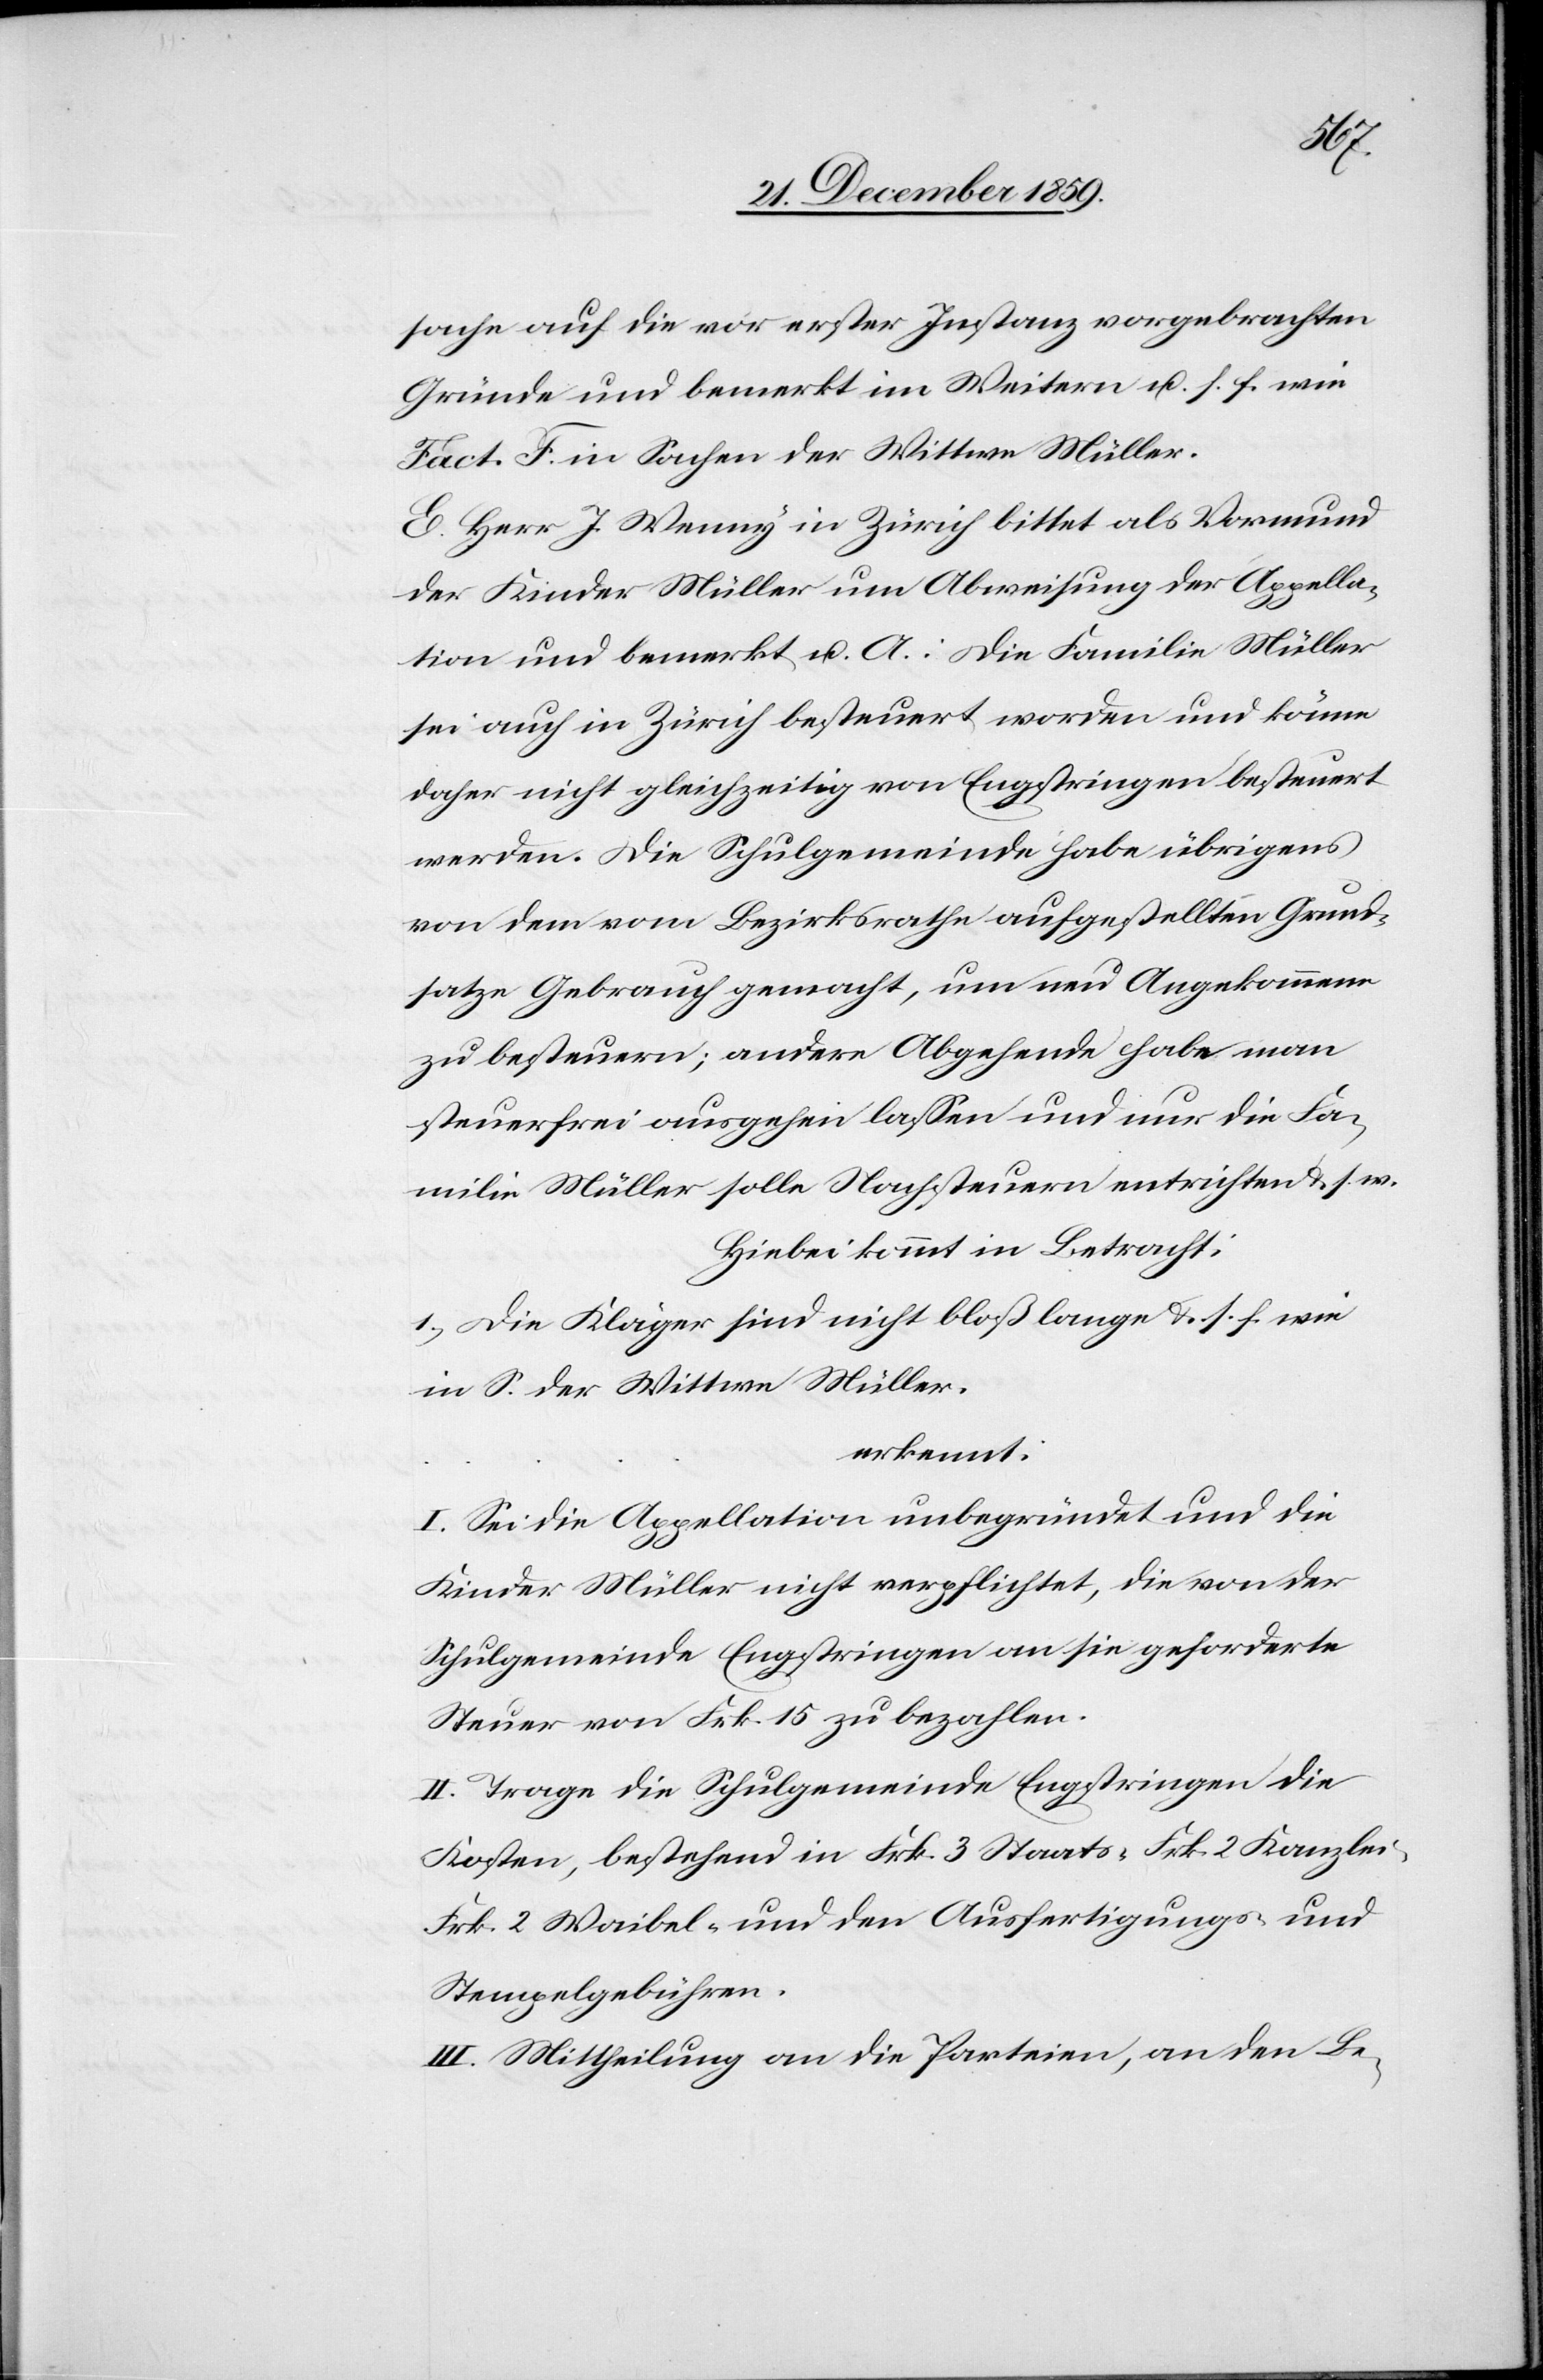
sache auf die vor erster Instanz vorgebrachten
Gründe und bemerkt im Weitern u. s. f. wie
Fact. F in Sachen der Wittwe Müller.
E. Herr J. Wenny in Zürich bittet als Vormund
der Kinder Müller um Abweisung der Appella¬
tion und bemerkt u. A.: Die Familie Müller
sei auch in Zürich besteuert worden und könne
daher nicht gleichzeitig von Engstringen besteuert
werden. Die Schulgemeinde habe übrigens
von dem vom Bezirksrathe aufgestellten Grund¬
satze Gebrauch gemacht, um neu Angekommene
zu besteuern; andere Abgehende habe man
steuerfrei ausgehen lassen und nur die Fa¬
milie Müller solle Nachsteuern entrichten & s. f.
Hiebei kommt in Betracht:
Die Kläger sind nicht bloß lange & s. f. wie
in S. der Wittwe Müller.
erkennt:
I. Sei die Appellation unbegründet und die
Kinder Müller nicht verpflichtet, die von der
Schulgemeinde Engstringen an sie geforderte
Steuer von Frk. 15 zu bezahlen.
II. Trage die Schulgemeinde Engstringen die
Kosten, bestehend in Frk. 3 Staats-[,] Frk. 2 Kanzlei-[,]
Frk. 2 Waibel- und den Ausfertigungs- und
Stempelgebühren.
III. Mittheilung an die Parteien, an den Be-